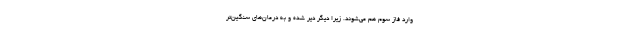
وارد فاز سوم هم می‌شوند. زیرا دیگر دیر شده و به درمان‌های سنگین‌تر